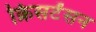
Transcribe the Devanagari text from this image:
क्रिसटेंसन